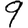
Digit: 9